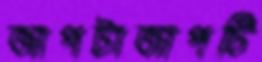
জাপটাজাপটি